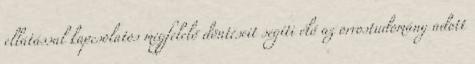
ellátással kapcsolatos megfelelő döntéseit segíti elő az orvostudomány adott